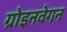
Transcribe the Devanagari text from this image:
ग्रोइनवेगन